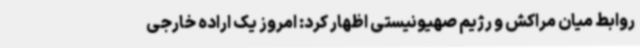
روابط میان مراکش و رژیم صهیونیستی اظهار کرد: امروز یک اراده خارجی